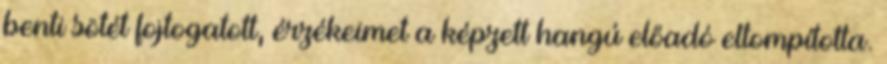
benti sötét fojtogatott, érzékeimet a képzett hangú előadó eltompította.